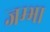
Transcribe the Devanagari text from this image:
जम्भा